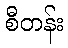
စီတန်း